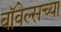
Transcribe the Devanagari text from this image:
बॉवेल्सच्या